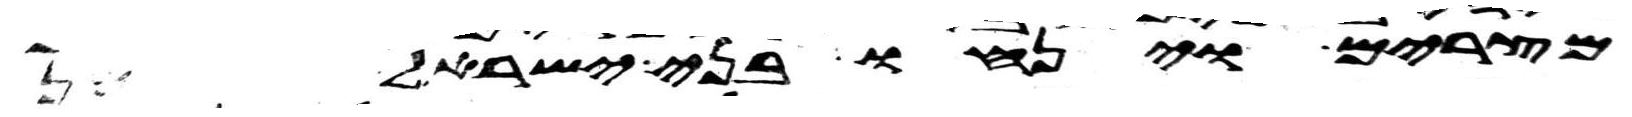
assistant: מצרים וינחו בני ישראל מן